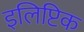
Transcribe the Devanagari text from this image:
इलिप्टिक